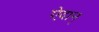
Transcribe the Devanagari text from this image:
ऐदान्